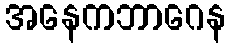
အနေကဘာဂေန